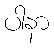
ပါနာ